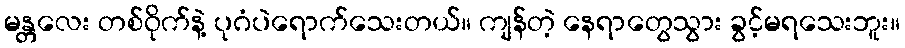
မန္တလေး တစ်ဝိုက်နဲ့ ပုဂံပဲရောက်သေးတယ်။ ကျန်တဲ့ နေရာတွေသွား ခွင့်မရသေးဘူး။